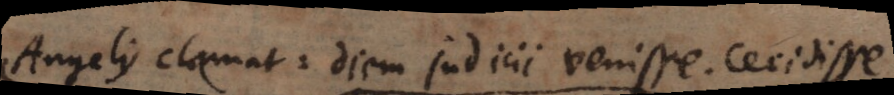
Angelus clamat: diem judicii venisse, cecidisse